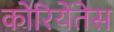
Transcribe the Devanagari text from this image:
कोरियेंतेस